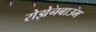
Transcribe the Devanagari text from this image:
रोझेनबाउम